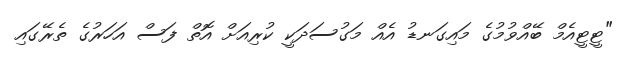
"ޓީޓީއެމް ބޭއްވުމުގެ މައިގަނޑު އެއް މަގުސަދަކީ ކުރިއަށް އޮތް ފަސް އަހަރުގެ ތެރޭގައި